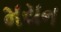
મયન